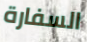
السفارة